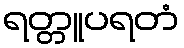
ရတ္တူပရတံ